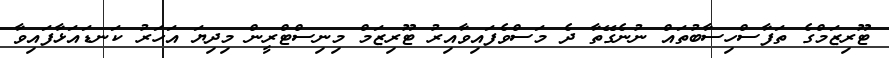
ޓޫރިޒަމްގެ ތަފާސްހިސާބުތައް ނުނެގޭތާ ދެ މަސްވެފައިވާއިރު ޓޫރިޒަމް މިނިސްޓްރީން މިދިޔަ އަހަރު ކަނޑައަޅާފައިވާ